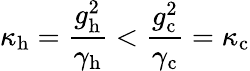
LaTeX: \kappa_{\mathrm{h}}=\frac{g_{\mathrm{h}}^{2}}{\gamma_{\mathrm{h}}}<\frac{g_{\mathrm{c}}^{2}}{\gamma_{\mathrm{c}}}=\kappa_{\mathrm{c}}